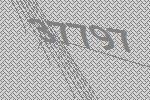
37797